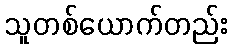
သူတစ်ယောက်တည်း